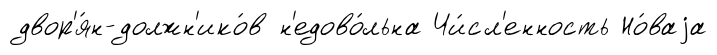
двор'я́н-должн'ико́в н'едово́льна Чи́сл'енность Но́ваjа